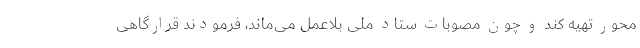
محور تهیه کند و چون مصوبات ستاد ملی بلاعمل می‌ماند، فرمودند قرارگاهی